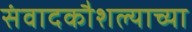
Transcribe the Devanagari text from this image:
संवादकौशल्याच्या